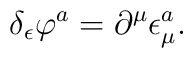
\delta _\epsilon \varphi ^a=\partial ^\mu \epsilon _\mu ^a.